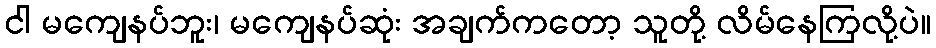
ငါ မကျေနပ်ဘူး၊ မကျေနပ်ဆုံး အချက်ကတော့ သူတို့ လိမ်နေကြလို့ပဲ။